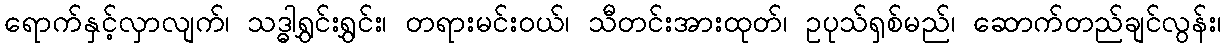
ရောက်နှင့်လှာလျက်၊ သဒ္ဓါရွှင်းရွှင်း၊ တရားမင်းဝယ်၊ သီတင်းအားထုတ်၊ ဥပုသ်ရှစ်မည်၊ ဆောက်တည်ချင်လွန်း၊